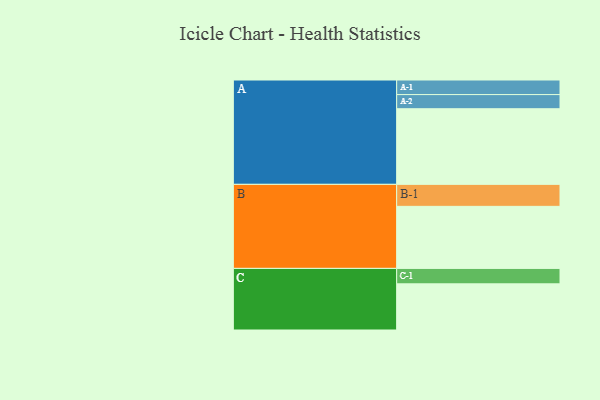
{"axis": {"x": "Segment", "y": "Value"}, "legend": ["", "A", "B", "C"], "data": [{"x": "A", "y": 529, "type": ""}, {"x": "B", "y": 434, "type": ""}, {"x": "C", "y": 323, "type": ""}, {"x": "A-1", "y": 102, "type": "A"}, {"x": "A-2", "y": 99, "type": "A"}, {"x": "B-1", "y": 154, "type": "B"}, {"x": "C-1", "y": 108, "type": "C"}]}